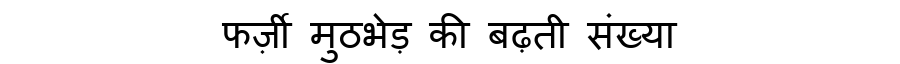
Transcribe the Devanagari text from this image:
फर्ज़ी मुठभेड़ की बढ़ती संख्या